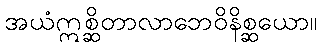
အယံဣစ္ဆိတာလာဘေဝိနိစ္ဆယော။